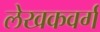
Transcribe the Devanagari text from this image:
लेखकवर्ग